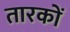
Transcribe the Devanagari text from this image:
तारकों